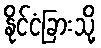
နိုင်ငံခြားသို့